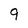
Character: 9